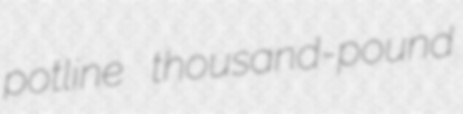
potline thousand-pound